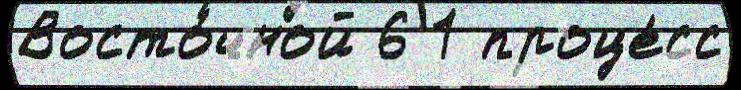
Восто́чной 6 1 проце́сс